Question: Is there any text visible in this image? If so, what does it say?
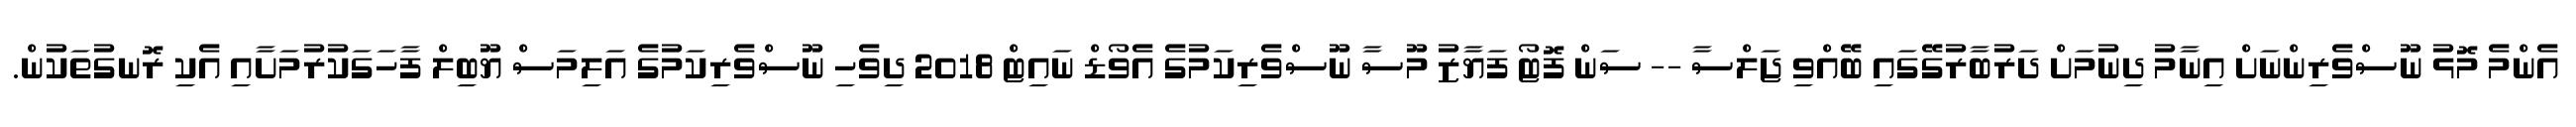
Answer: އެންމެ މޮޅު ނޫސްވެރިންނަށް އިނާމު ދިނުމަށް ދަރުބާރުގޭގައި ބޭއްވި ޖަލްސާ -- ސަން ފޮޓޯ ފަޔާޒު މޫސާ ނޫސްވެރިކަމުގެ އެވޯޑް ނައިޓް 2018 ދިވެހި ނޫސްވެރިކަމުގެ އަލިމަސް ޔޫބިލް ފާހަގަކުރުމަށާއި އެކި ރޮނގުތަކުން.